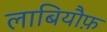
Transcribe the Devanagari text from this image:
लाबियौफ़